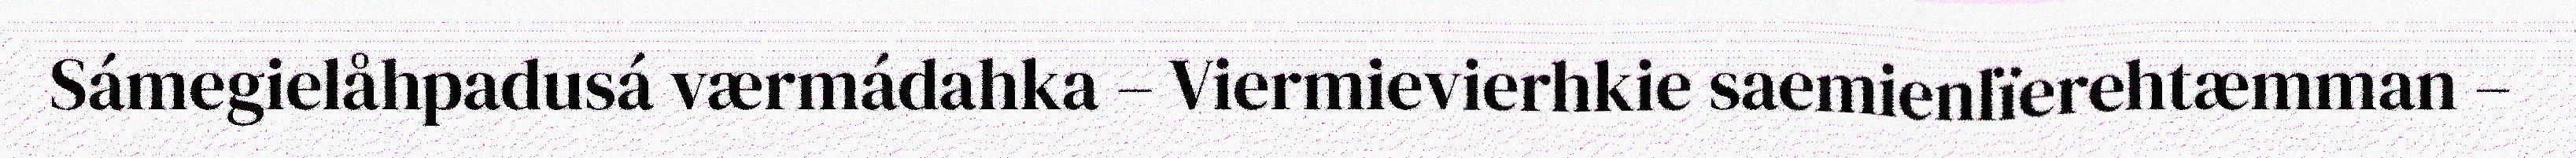
Sámegielåhpadusá værmádahka – Viermievierhkie saemienlïerehtæmman –